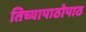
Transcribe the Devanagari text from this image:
तिच्यापाठोपाठ